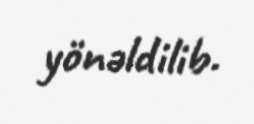
yönəldilib.